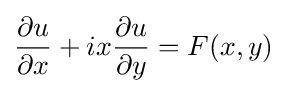
{\frac {\partial u}{\partial x}}+ix{\frac {\partial u}{\partial y}}=F(x,y)